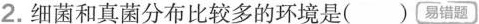
2.细菌和真菌分布比较多的环境是()易错题